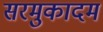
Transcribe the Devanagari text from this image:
सरमुकादम